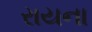
રાયના